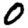
Digit: 0